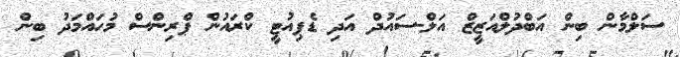
ސަލްމާން ބިން އަބްދުލްއަޒީޒް އަލް-ސައުދް އަދި ޑެޕިއުޓީ ކްރައުން ޕްރިންސް މުހައްމަދު ބިން